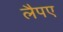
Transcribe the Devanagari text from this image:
लैपए